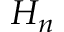
H _ { n }